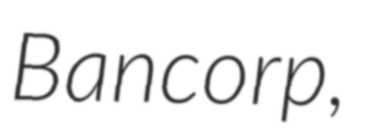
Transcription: Bancorp,